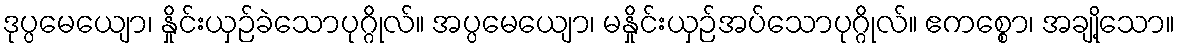
ဒုပ္ပမေယျော၊ နှိုင်းယှဉ်ခဲသောပုဂ္ဂိုလ်။ အပ္ပမေယျော၊ မနှိုင်းယှဉ်အပ်သောပုဂ္ဂိုလ်။ ဧကစ္စော၊ အချို့သော။